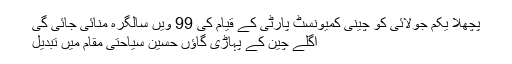
پچھلا یکم جولائی کو چینی کمیونسٹ پارٹی کے قیام کی 99 ویں سالگرہ منائی جائی گی
اگلے چین کے پہاڑی گاؤں حسین سیاحتی مقام میں تبدیل